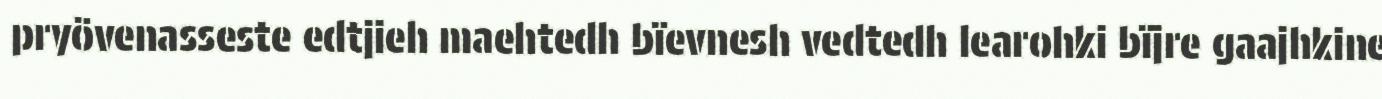
pryövenasseste edtjieh maehtedh bïevnesh vedtedh learohki bïjre gaajhkine